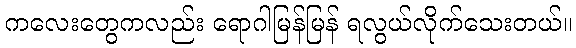
ကလေးတွေကလည်း ရောဂါမြန်မြန် ရလွယ်လိုက်သေးတယ်။